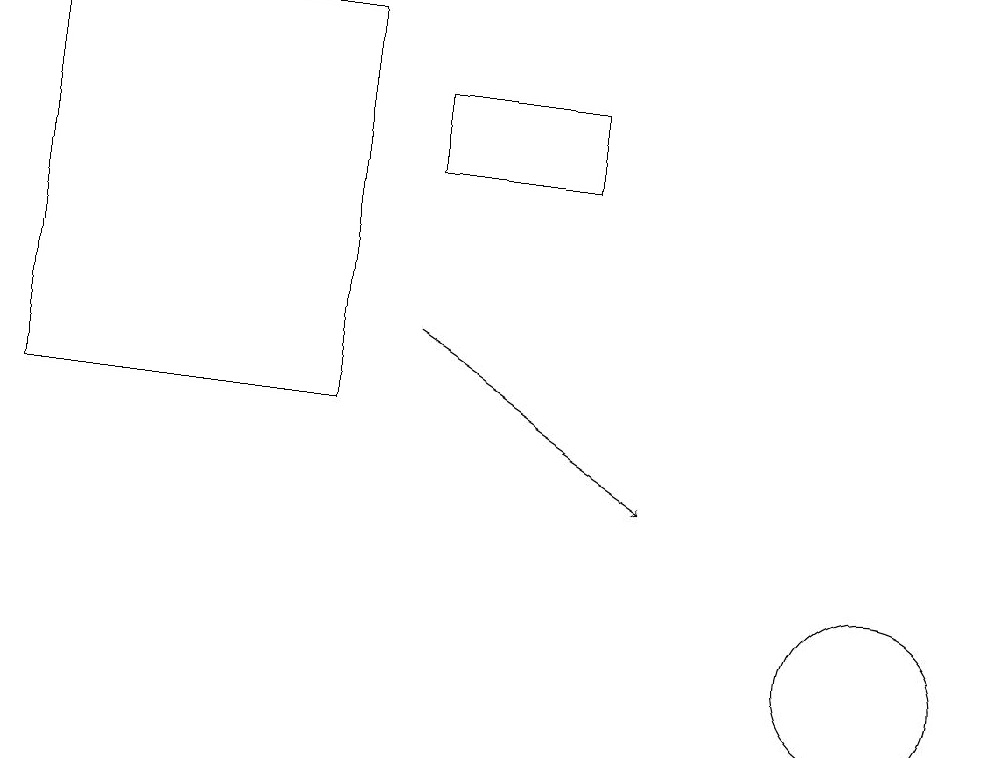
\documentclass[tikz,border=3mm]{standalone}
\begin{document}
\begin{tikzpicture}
\draw (11,11) circle (1);
\draw[->] (5,15) -- (8,13);
\draw (7,18) rectangle (5,17);
\draw (4,14) rectangle (0,19);
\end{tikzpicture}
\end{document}